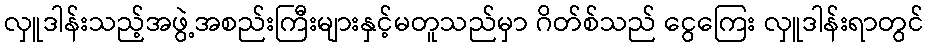
လှူဒါန်းသည့်အဖွဲ့အစည်းကြီးများနှင့်မတူသည်မှာ ဂိတ်စ်သည် ငွေကြေး လှူဒါန်းရာတွင်